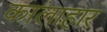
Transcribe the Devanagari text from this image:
कालाहार